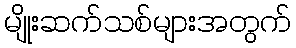
မျိုးဆက်သစ်များအတွက်